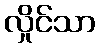
လှိုင်သာ